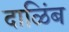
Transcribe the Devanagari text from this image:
दाळिंब